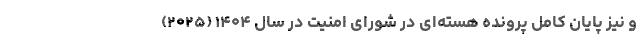
و نیز پایان کامل پرونده هسته‌ای در شورای امنیت در سال ۱۴۰۴ (۲۰۲۵)